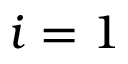
i = 1